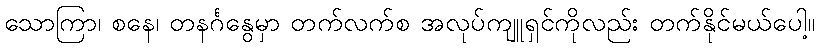
သောကြာ၊ စနေ၊ တနင်္ဂနွေမှာ တက်လက်စ အလုပ်ကျူရှင်ကိုလည်း တက်နိုင်မယ်ပေါ့။